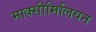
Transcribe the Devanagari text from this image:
माक्सीमिलियन